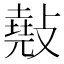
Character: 𢿣